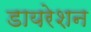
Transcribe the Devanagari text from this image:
डायरेशन